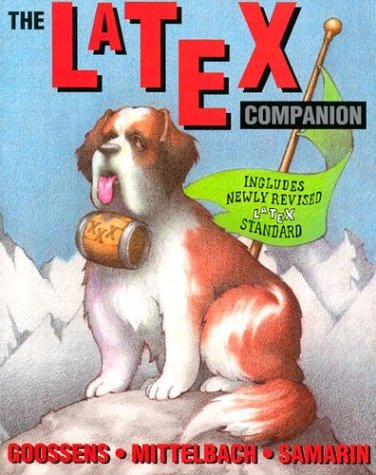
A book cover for The Latex Companion (Addison-Wesley Series on Tools and Techniques for Computer T); Michel Goossens; Computers & Technology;